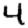
Digit: 4